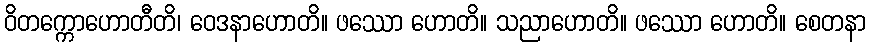
ဝိတက္ကောဟောတီတိ၊ ဝေဒနာဟောတိ။ ဖဿော ဟောတိ။ သညာဟောတိ။ ဖဿော ဟောတိ။ စေတနာ